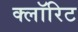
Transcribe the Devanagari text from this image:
क्लॉरिट